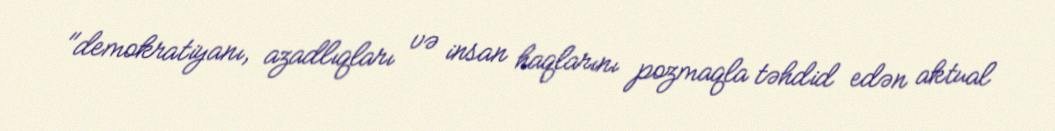
"demokratiyanı, azadlıqları və insan haqlarını pozmaqla təhdid edən aktual